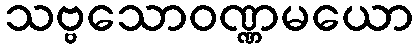
သဗ္ဗသောဝဏ္ဏမယော